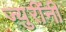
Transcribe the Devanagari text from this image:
ज्युरींनी